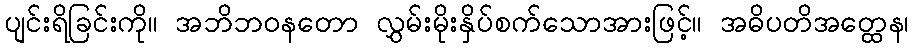
ပျင်းရိခြင်းကို။ အဘိဘဝနတော လွှမ်းမိုးနှိပ်စက်သောအားဖြင့်။ အဓိပတိအတ္ထေန၊